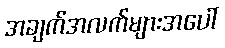
အချက်အလက်များအပေါ်